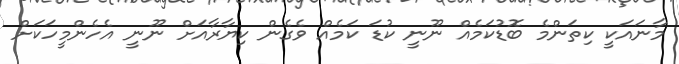
މާނައަކީ ކިތަންމެ ބޮޑުކަމެއް ނޫނީ ކުޑަ ކަމެއް ވެގެން ކިޔާރާއަށް ނޫނީ އެހެންމީހަކަށް